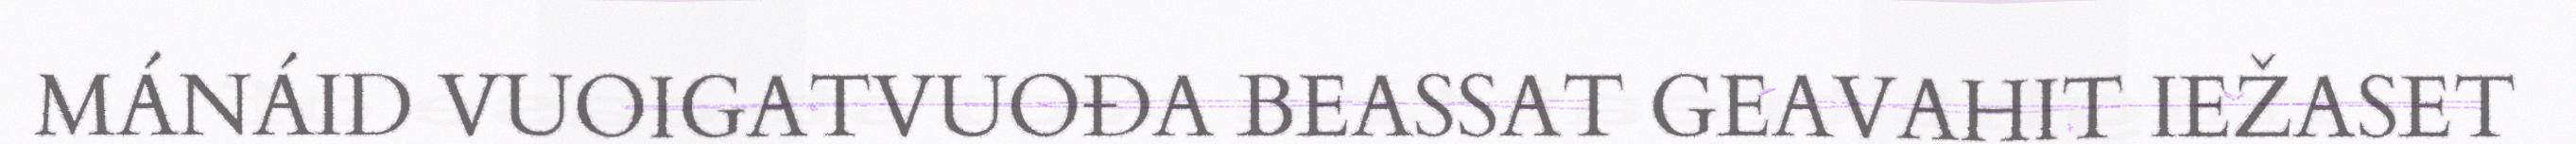
MÁNÁID VUOIGATVUOĐA BEASSAT GEAVAHIT IEŽASET